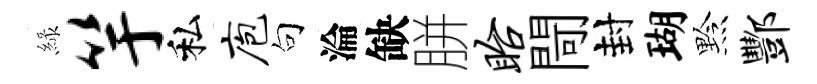
緑竽私庖句淪缺胼眙閜封瑚黔酆